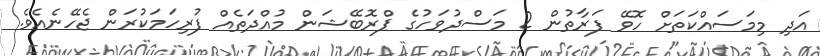
އަދި މިމަސައްކަތަށް ހޮވޭ ފަރާތުން 2 މަސްދުވަހުގެ ޕްރޮބޭޝަން މުއްދަތެއް ފުރިހަމަކުރަން ޖެހޭނެއެވެ.